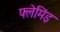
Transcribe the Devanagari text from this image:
फ्लेमिंइ